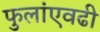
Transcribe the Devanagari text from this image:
फुलांएवढी